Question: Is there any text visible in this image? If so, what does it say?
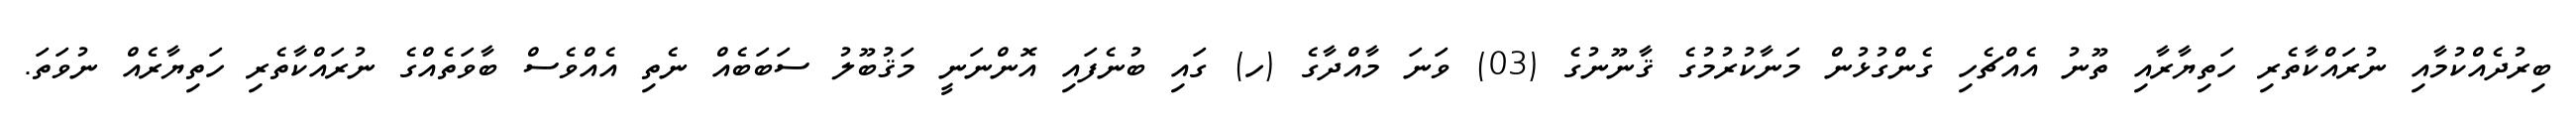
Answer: ބިރުދެއްކުމާއި ނުރައްކާތެރި ހަތިޔާރާއި ތޫނު އެއްޗެހި ގެންގުޅުން މަނާކުރުމުގެ ޤާނޫނުގެ (03) ވަނަ މާއްދާގެ (ހ) ގައި ބުނެފައި އޮންނަނީ މަޤުބޫލު ސަބަބެއް ނެތި އެއްވެސް ބާވަތެއްގެ ނުރައްކާތެރި ހަތިޔާރެއް ނުވަތަ.